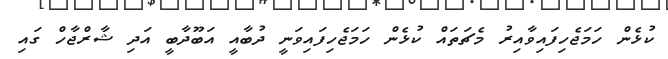
ކުޅެން ހަމަޖެހިފައިވާއިރު މެޗަތައް ކުޅެން ހަމަޖެހިފައިވަނީ ދުބާއީ އަބޫދާބީ އަދި ޝާރްޖާހް ގައި